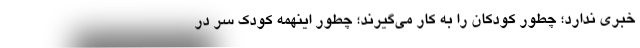
خبری ندارد؛ چطور کودکان را به کار می‌گیرند؛ چطور اینهمه کودک سر در